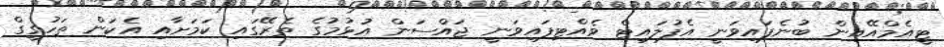
ޓީއެމްއޭއިން ބުނެފައިވަނީ އެފުލައިޓް ވެއްޓިފައިވަނީ ޖައްސަން އުޅުމުގެ ތެރޭގައި ކަމަށާއި އެކަން ތަހުގީގް